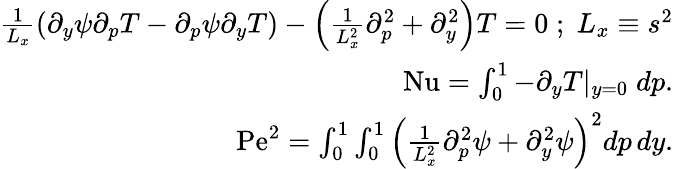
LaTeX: \begin{array}{r}{\frac{1}{L_{x}}\left(\partial_{y}\psi\partial_{p}T-\partial_{p}\psi\partial_{y}T\right)-\left(\frac{1}{L_{x}^{2}}\partial_{p}^{2}+\partial_{y}^{2}\right)T=0\; ;\; L_{x}\equiv s^{2}}\\ {\mathrm{Nu}=\int_{0}^{1}-\partial_{y}T|_{y=0}\; dp.}\\ {\mathrm{Pe}^{2}=\int_{0}^{1}\int_{0}^{1}\left(\frac{1}{L_{x}^{2}}\partial_{p}^{2}\psi+\partial_{y}^{2}\psi\right)^{2}dp\, dy.}\end{array}